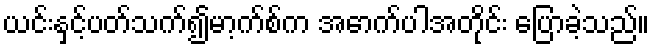
ယင်းနှင့်ပတ်သက်၍မာ့က်စ်က အောက်ပါအတိုင်း ပြောခဲ့သည်။